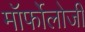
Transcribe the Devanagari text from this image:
मॉर्फोलोजी